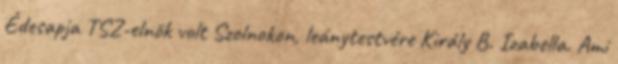
Édesapja TSZ-elnök volt Szolnokon, leány­testvére Király B. Izabella. Ami